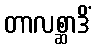
တာလစ္ဆာဒိံ